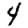
Digit: 4